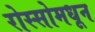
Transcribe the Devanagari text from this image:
रोस्सोमधून